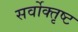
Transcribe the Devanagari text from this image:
सर्वोक्तृष्ट